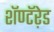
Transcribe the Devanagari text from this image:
शॅण्टॅऱेड